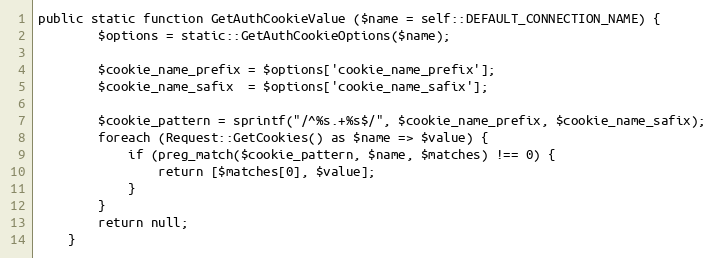
Language: PHP
public static function GetAuthCookieValue ($name = self::DEFAULT_CONNECTION_NAME) {
		$options = static::GetAuthCookieOptions($name);

		$cookie_name_prefix	= $options['cookie_name_prefix'];
		$cookie_name_safix	= $options['cookie_name_safix'];

		$cookie_pattern	= sprintf("/^%s.+%s$/", $cookie_name_prefix, $cookie_name_safix);
		foreach (Request::GetCookies() as $name => $value) {
			if (preg_match($cookie_pattern, $name, $matches) !== 0) {
				return [$matches[0], $value];
			}
		}
		return null;
	}